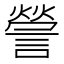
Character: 謍